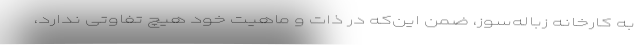
به کارخانه زباله‌سوز، ضمن این‌که در ذات و ماهیّت خود هیچ تفاوتی ندارد،